Source: Handwritten
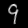
Digit: ၄ (4)